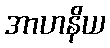
အာဟနိယ